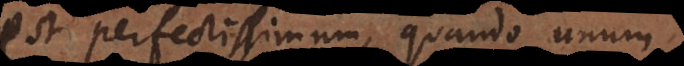
est perfectissimum, quando unum